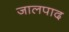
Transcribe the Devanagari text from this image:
जालपाद